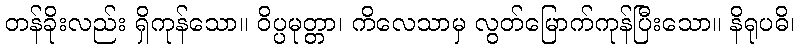
တန်ခိုးလည်း ရှိကုန်သော။ ဝိပ္ပမုတ္တာ၊ ကိလေသာမှ လွတ်မြောက်ကုန်ပြီးသော။ နိရုပဓိ၊